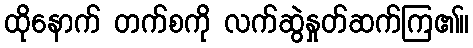
ထိုနောက် တက်စကို လက်ဆွဲနှုတ်ဆက်ကြ၏။